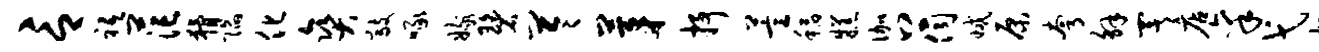
言祗茫猾陷化爽敲啄嫁碧苓茅抒萱稻糕伽上伺减原夸解署店禀弋旭